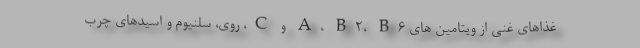
غذاهای غنی از ویتامین های A، B2، B6 و C، روی، سلنیوم و اسیدهای چرب